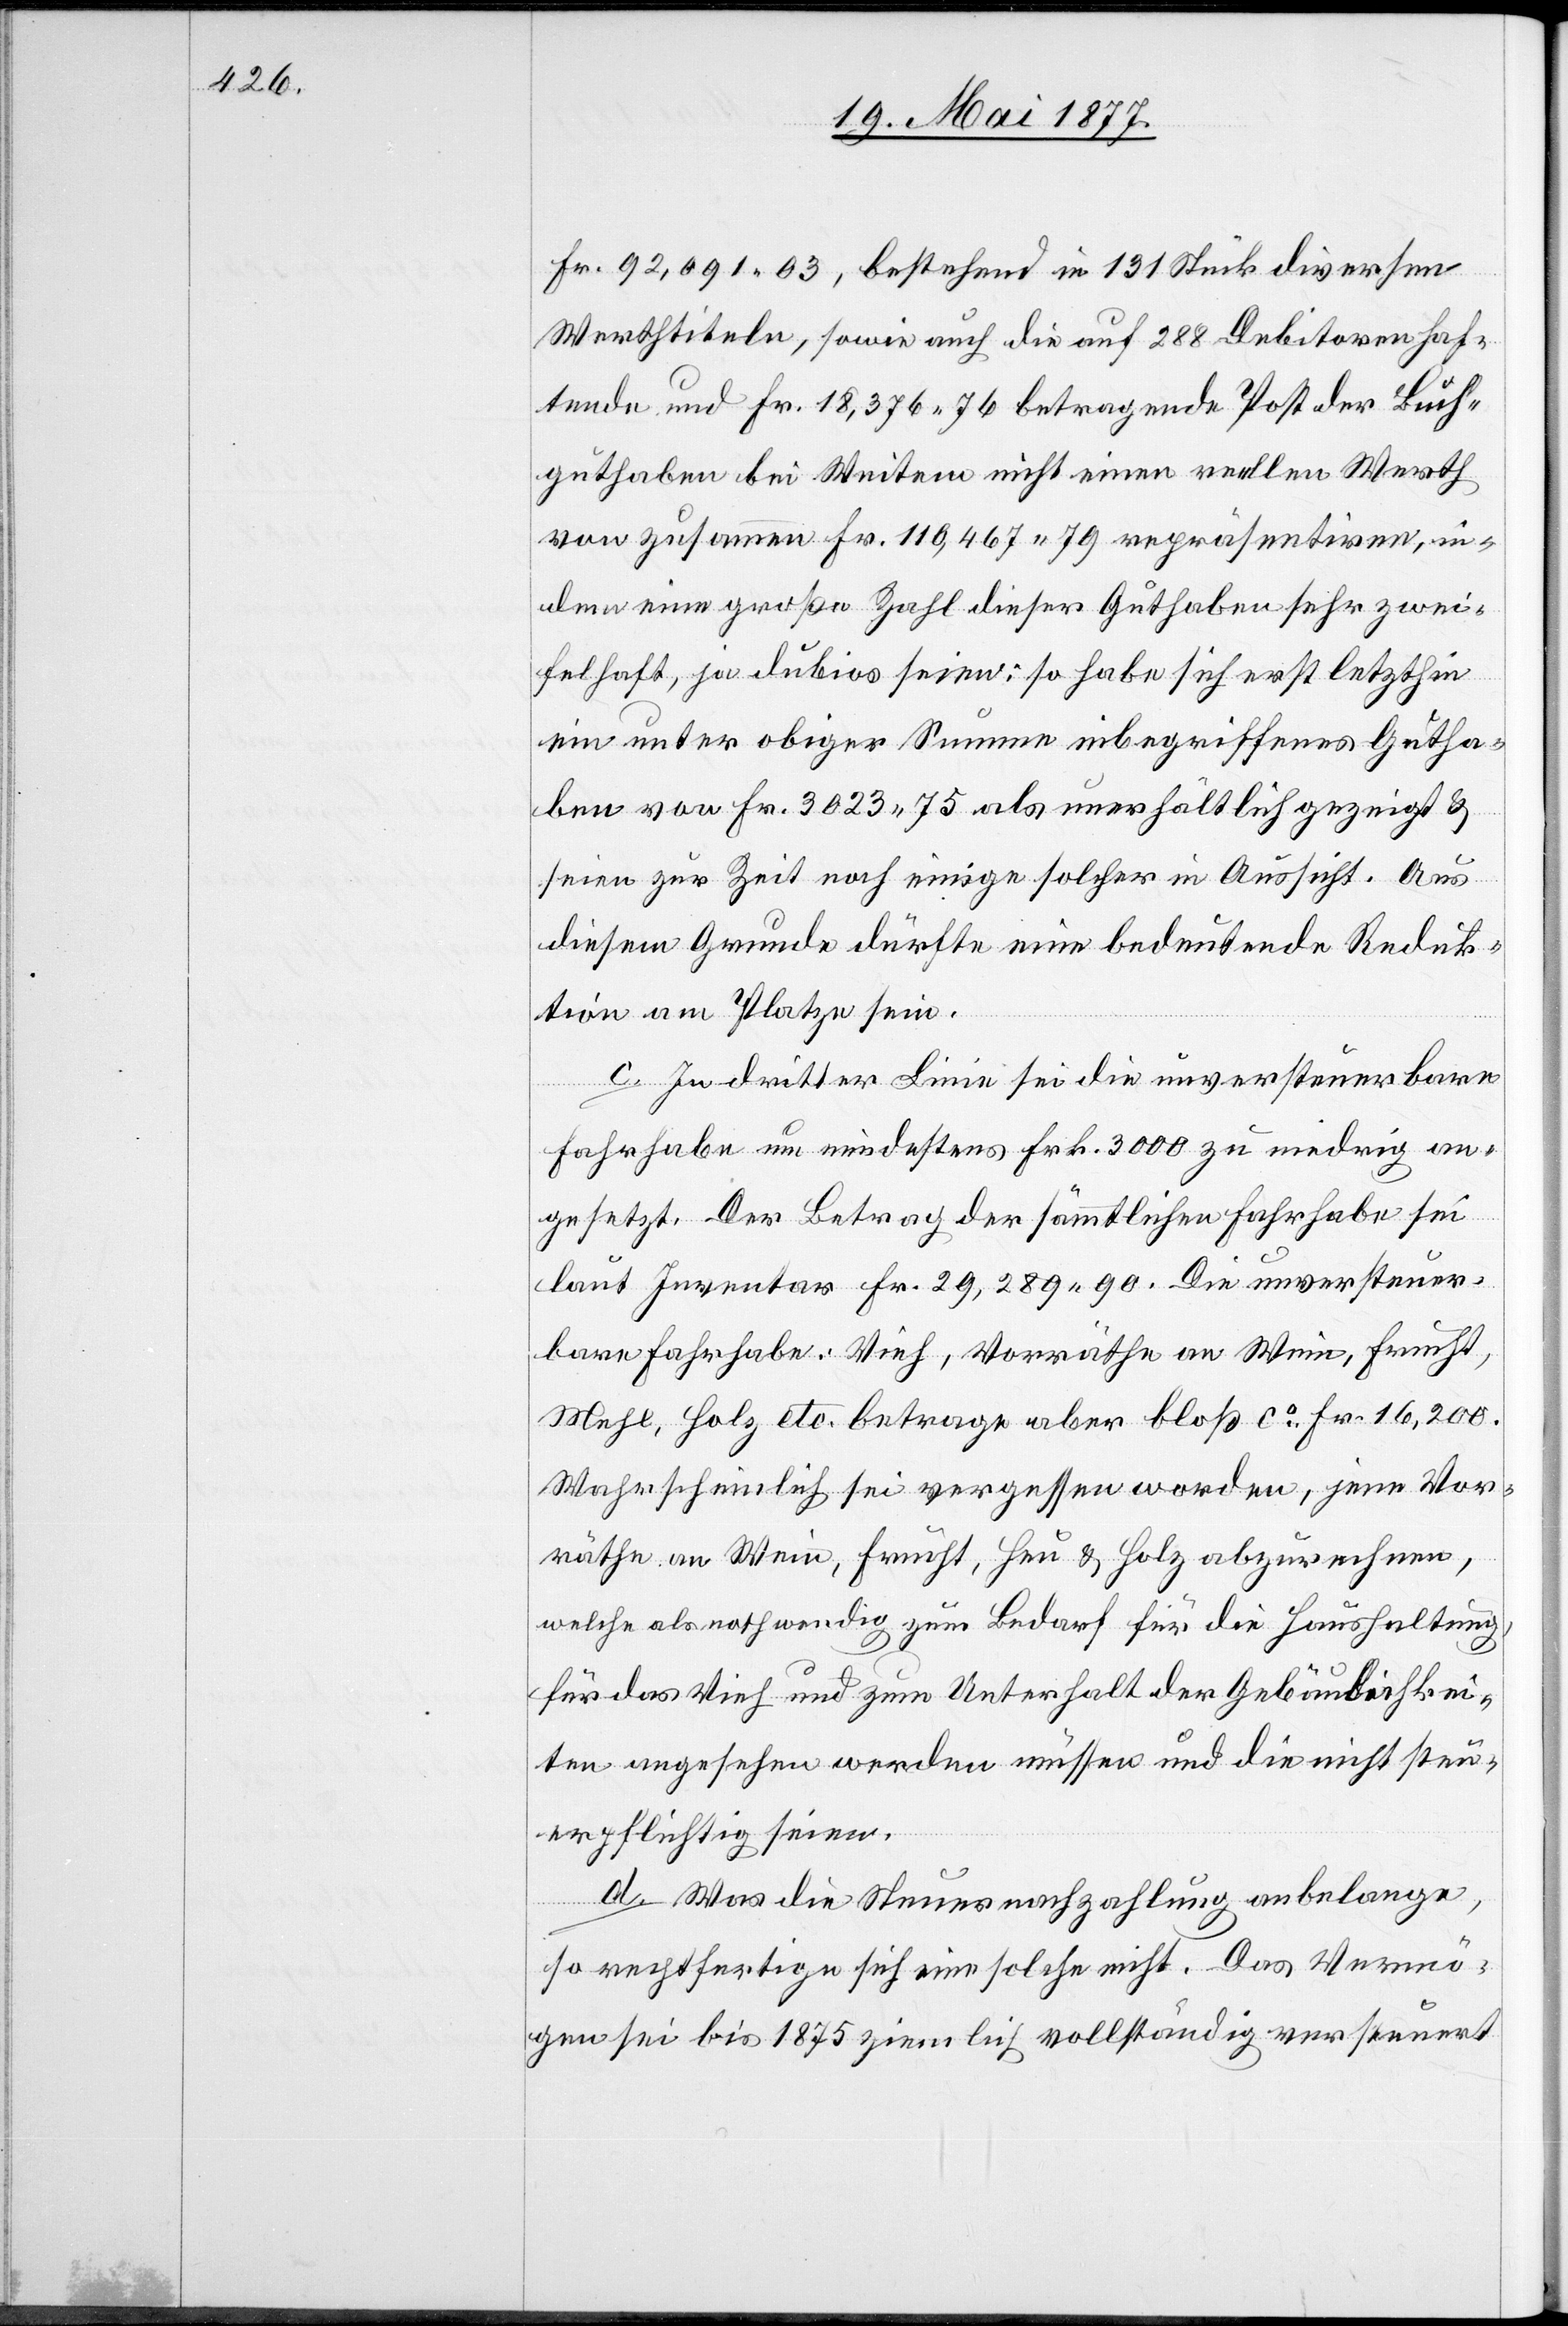
Fr. 92,091 03, bestehend in 131 Stück diversen
Werthtiteln, sowie auch die auf 288 Debitoren haf¬
tende und Fr. 18,376 76 betragende Post der Buch¬
guthaben bei Weitem nicht einen reellen Werth
von zusammen Fr. 110,467 79 repräsentiren, in¬
dem eine große Zahl dieser Guthaben sehr zwei¬
felhaft, ja dubios seien: so habe sich erst letzthin
ein unter obiger Summe inbegriffenes Gutha¬
ben von Fr. 3023 75 als unerhältlich gezeigt &
seien zur Zeit noch einige solcher in Aussicht. Aus
diesem Grunde dürfte eine bedeutende Reduk¬
tion am Platze sein.
c. In dritter Linie sei die unversteuerbare
Fahrhabe um mindestens Frk. 3000 zu niedrig an¬
gesetzt. Der Betrag der sämmtlichen Fahrhabe sei
laut Inventar Fr. 29,289 90. Die unversteuer¬
bare Fahrhabe: Vieh, Vorräthe an Wein, Frucht,
Mehl, Holz etc. betrage aber bloß ca Fr. 16,200.
Wahrscheinlich sei vergessen worden, jene Vor¬
räthe an Wein, Frucht, Heu & Holz abzurechnen,
welche als nothwendig im Bedarf für die Haushaltung,
für das Vieh und zum Unterhalt der Gebäulichkei¬
ten angesehen werden müssen und die nicht steu¬
erpflichtig seien.
d. Was die Steuernachzahlung anbelange,
so rechtfertige sich eine solche nicht. Das Vermö¬
gen sei bis 1875 ziemlich vollständig versteuert